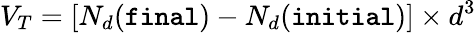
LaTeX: V_{T}=[N_{d}(\texttt{final})-N_{d}(\texttt{initial})]\times d^{3}